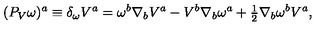
( P _ { V } \omega ) ^ { a } \equiv \delta _ { \omega } V ^ { a } = \omega ^ { b } \nabla _ { b } V ^ { a } - V ^ { b } \nabla _ { b } \omega ^ { a } + { \textstyle { \frac { 1 } { 2 } } } \nabla _ { b } \omega ^ { b } V ^ { a } ,